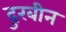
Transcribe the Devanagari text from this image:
दुरबीन